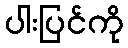
ပါးပြင်ကို